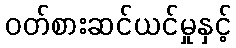
ဝတ်စားဆင်ယင်မှုနှင့်